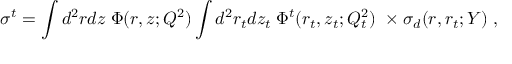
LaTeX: \sigma ^ { t } = \int d ^ { 2 } r d z \; \Phi ( r , z ; Q ^ { 2 } ) \int d ^ { 2 } r _ { t } d z _ { t } \; \Phi ^ { t } ( r _ { t } , z _ { t } ; Q _ { t } ^ { 2 } ) \ \times \sigma _ { d } ( r , r _ { t } ; Y ) \ ,